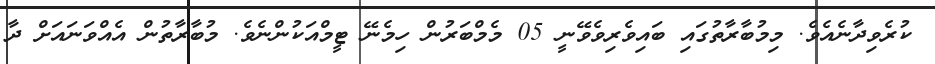
ކުރެވިދާނެއެވެ. މިމުބާރާތުގައި ބައިވެރިވެވޭނީ 05 މެމްބަރުން ހިމެނޭ ޓީމްއަކުންނެވެ. މުބާރާތުން އެއްވަނައަށް ދާ